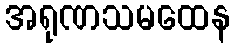
အရုဏသမထေန